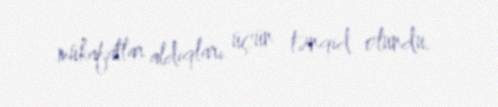
mükafatlar aldıqları üçün tənqid olundu.